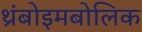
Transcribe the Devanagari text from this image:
थ्रंबोइमबोलिक